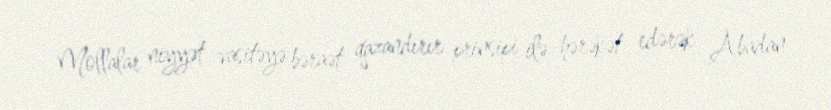
Mollalar niyyət vasitəyə bəraət qazandırır prinsipi ilə hərəkət edərək Abadan